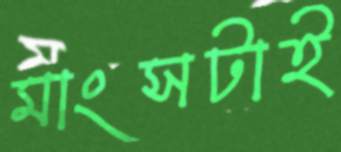
মাংসটাই